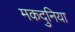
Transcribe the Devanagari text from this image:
मकदुनिया